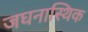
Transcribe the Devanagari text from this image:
जघनास्थिक